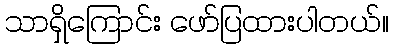
သာရှိကြောင်း ဖော်ပြထားပါတယ်။